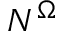
N ^ { \Omega }